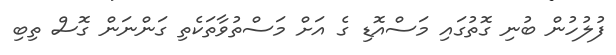
ފުލުހުން ބުނި ގޮތުގައި މަސްއޮޑި ގެ އަށް މަސްތުވާތަކެތި ގަންނަން ގޮސް ތިބި